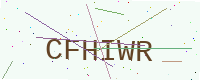
Text: CFHIWR